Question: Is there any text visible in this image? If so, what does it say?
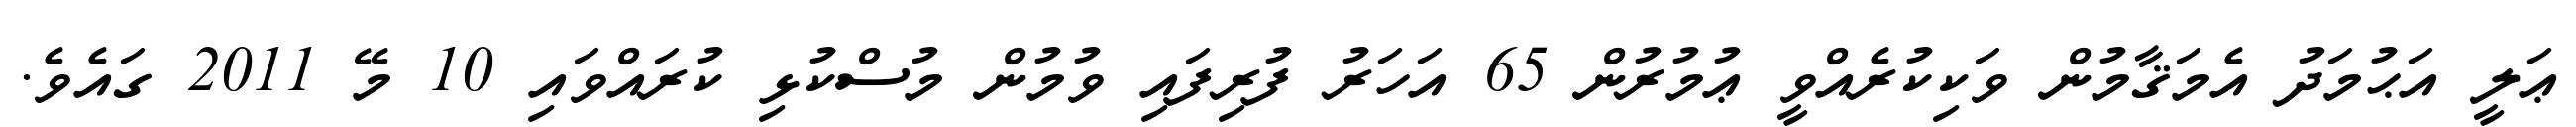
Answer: ޢަލީ އަޙުމަދު އެމަޤާމުން ވަކިކުރެއްވީ ޢުމުރުން 65 އަހަރު ފުރިފައި ވުމުން މުސްކުޅި ކުރައްވައި 10 މޭ 2011 ގައެވެ.